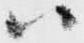
ハ